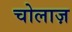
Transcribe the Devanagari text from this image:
चोलाज़